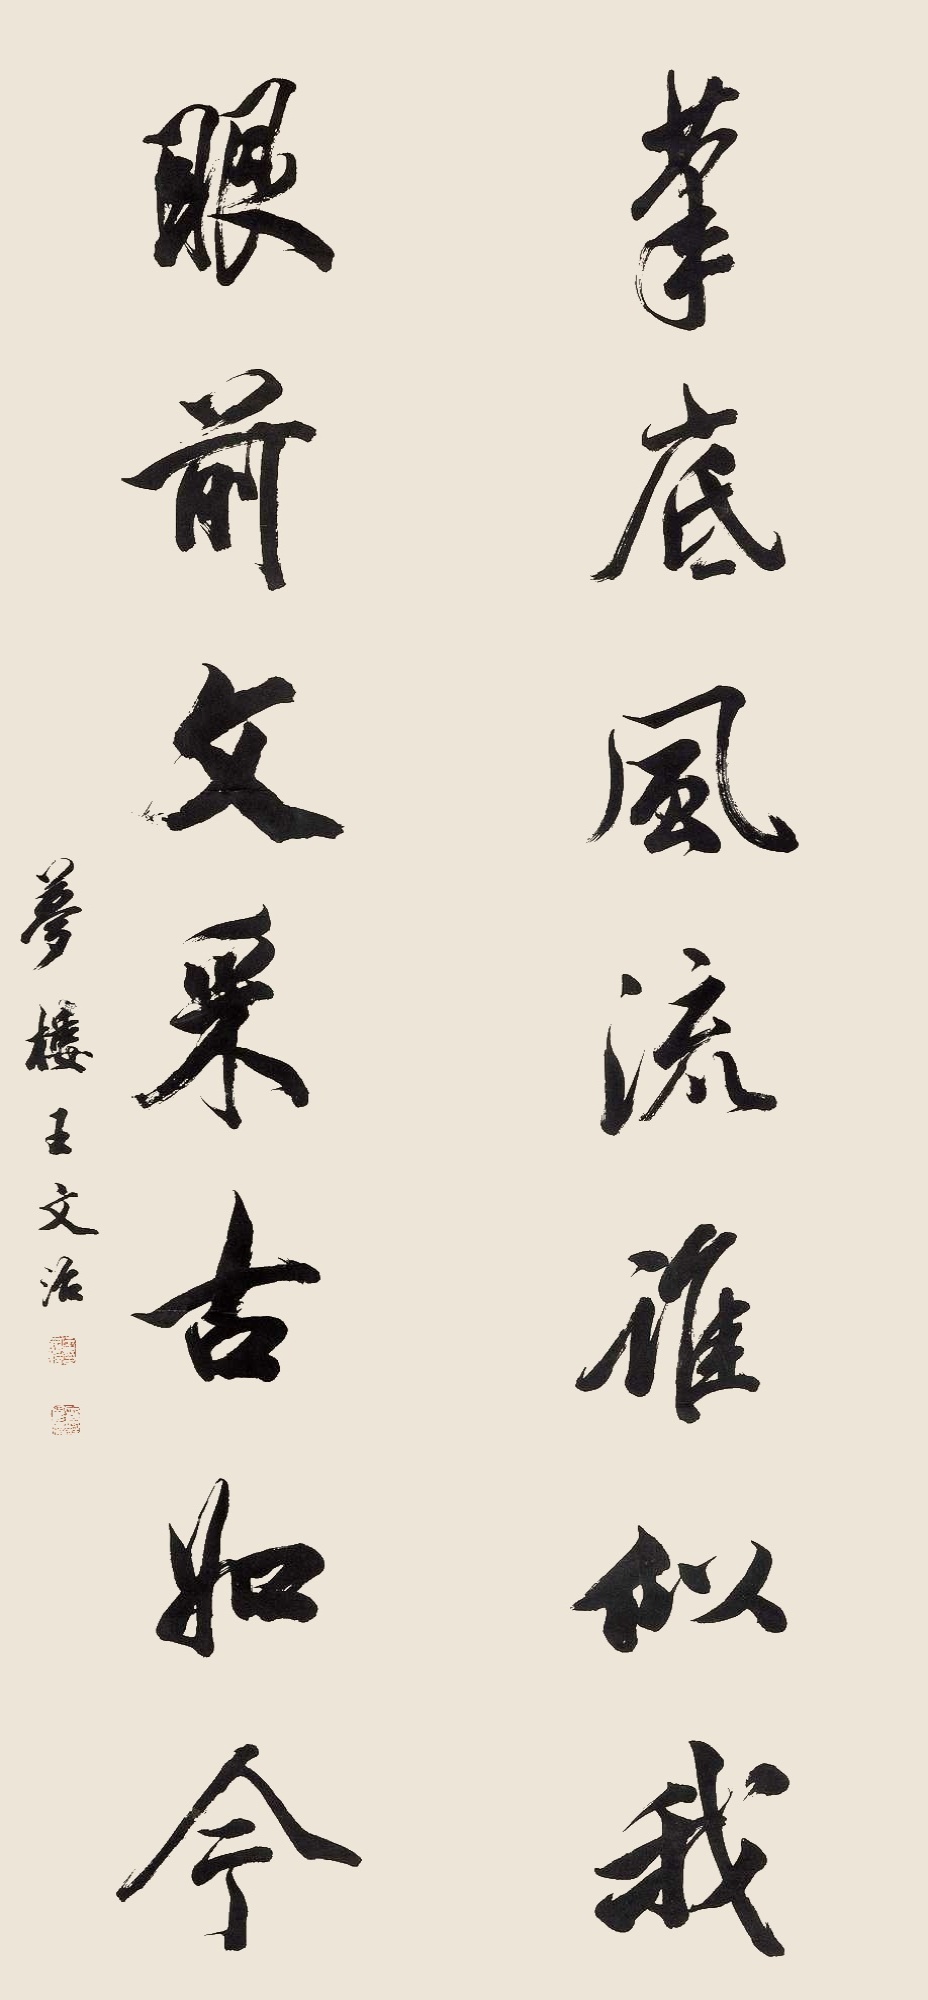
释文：笔底风流谁似我？眼前文采古如今。梦楼王文治。